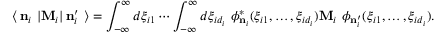
\langle \, { \bf n } _ { i } \ | { \bf M } _ { i } | \, { \bf n } _ { i } ^ { \prime } \ \rangle = \int _ { - \infty } ^ { \infty } d \xi _ { i 1 } \cdots \int _ { - \infty } ^ { \infty } d \xi _ { i d _ { i } } \ \phi _ { { \bf n } _ { i } } ^ { * } ( \xi _ { i 1 } , \ldots , \xi _ { i d _ { i } } ) { \bf M } _ { i } \ \phi _ { { \bf n } _ { i } ^ { \prime } } ( \xi _ { i 1 } , \ldots , \xi _ { i d _ { i } } ) .